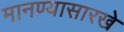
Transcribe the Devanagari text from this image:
मानण्यासारखे